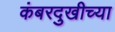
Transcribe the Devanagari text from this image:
कंबरदुखीच्या